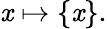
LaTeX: \mathit{x}\mapsto\{ \mathit{x}\} .